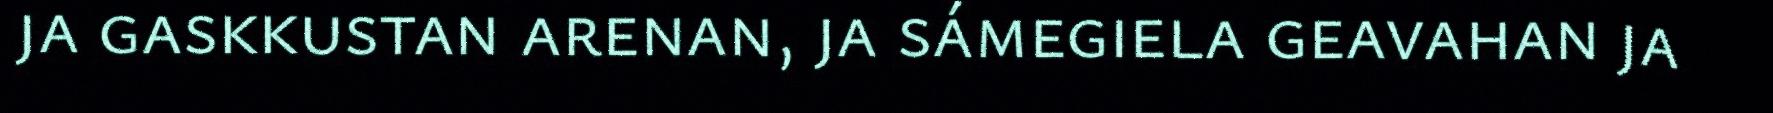
ja gaskkustan arenan, ja sámegiela geavahan ja